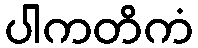
ပါကတိကံ